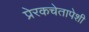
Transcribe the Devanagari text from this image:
प्रेरकचेतापेशी